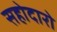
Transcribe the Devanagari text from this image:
सहोदारो